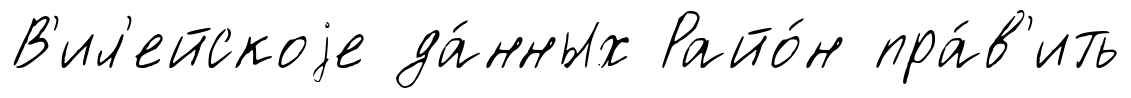
В'ил'ейскоjе да́нных Райо́н пра́в'ить